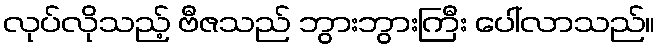
လုပ်လိုသည့် ဗီဇသည် ဘွားဘွားကြီး ပေါ်လာသည်။